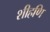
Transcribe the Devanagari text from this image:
शीहणि